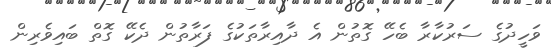
ވަހީދުގެ ސަރުކާރާ ބެހޭ ގޮތުން އެ ދާއިރާތަކުގެ ފަރާތުން ދެކޭ ގޮތް ބައިވެރިން